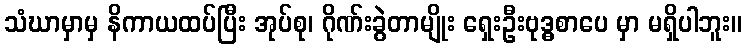
သံဃာမှာမှ နိကာယထပ်ပြီး အုပ်စု၊ ဂိုဏ်းခွဲတာမျိုး ရှေးဦးဗုဒ္ဓစာပေ မှာ မရှိပါဘူး။